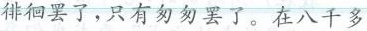
徘徊罢了，只有匆匆罢了。在八千多